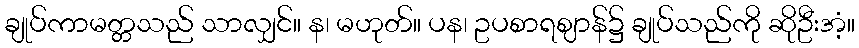
ချုပ်ကာမတ္တသည် သာလျှင်။ န၊ မဟုတ်။ ပန၊ ဥပစာရဈာန်၌ ချုပ်သည်ကို ဆိုဦးအံ့။